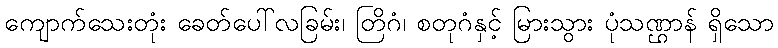
ကျောက်သေးတုံး ခေတ်ပေါ်လခြမ်း၊ တြိဂံ၊ စတုဂံနှင့် မြားသွား ပုံသဏ္ဌာန် ရှိသော